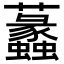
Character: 𧅮